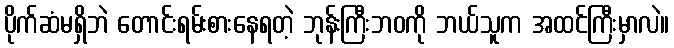
ပိုက်ဆံမရှိဘဲ တောင်းရမ်းစားနေရတဲ့ ဘုန်းကြီးဘဝကို ဘယ်သူက အထင်ကြီးမှာလဲ။